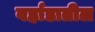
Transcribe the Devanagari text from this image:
वर्हाडातील